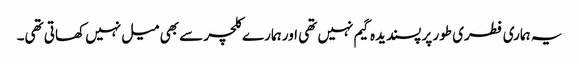
یہ ہماری فطری طور پر پسندیدہ گیم نہیں تھی اور ہمارے کلچر سے بھی میل نہیں کھاتی تھی۔